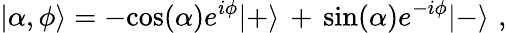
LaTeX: |\alpha,\phi\rangle=-\mathrm{cos}(\alpha)e^{i\phi}|+\rangle\, +\, \mathrm{sin}(\alpha)e^{-i\phi}|-\rangle\, \, ,